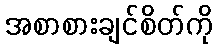
အစာစားချင်စိတ်ကို